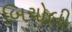
બિચોલી